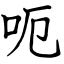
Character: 呃